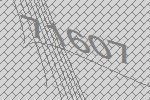
71607